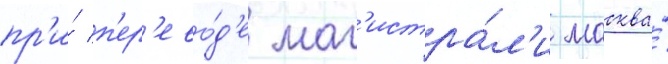
пр'и́ п'ер'ево́д'е маг'истра́л'и москва́